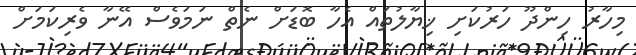
މިހާރު ހިންދޫ ހަރުކަށި ޚިޔާލުތައް އެހާ ބޮޑަށް ނެތް ނަމަވެސް އޭނާ ވެރިކަމަށް